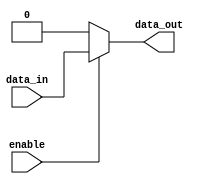
module buffer_with_enable (
    input wire data_in,
    input wire enable,
    output reg data_out
);

always @ (data_in, enable)
begin
    if(enable)
    begin
        data_out <= data_in;
    end
    else
    begin
        data_out <= 1'b0; //Constant value when enable is low
    end
end

endmodule